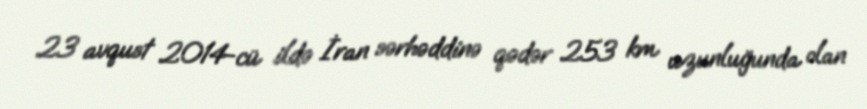
23 avqust 2014-cü ildə İran sərhəddinə qədər 253 km uzunluğunda olan